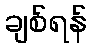
ချစ်ရန်